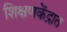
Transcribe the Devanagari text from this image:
शिक्षणकेंद्रात